Lunatic asylums in Bengal annual reports 1912-1924 - 1912-1924
Year: 1912
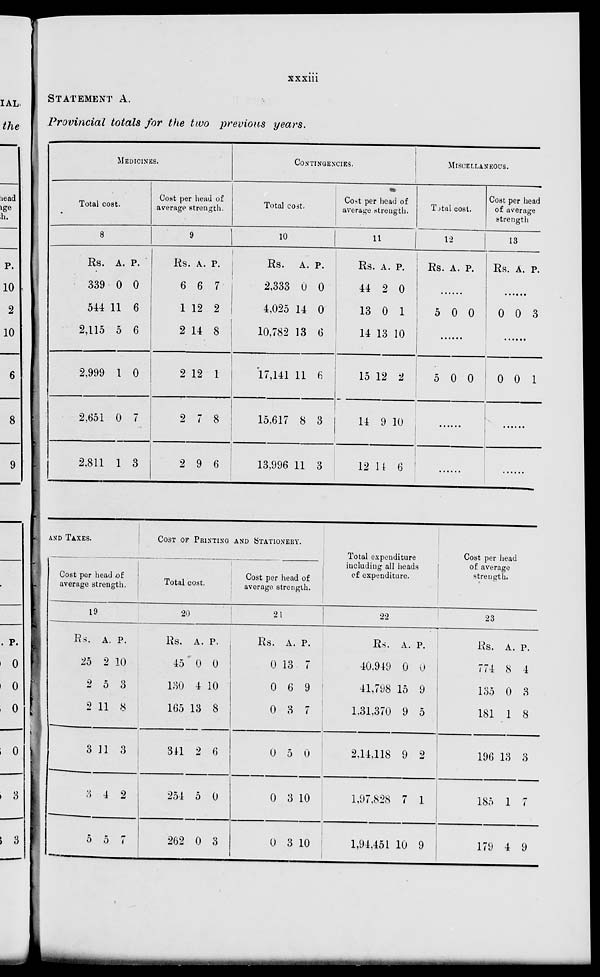
xxxiii
STATEMENT
A.
Provincial totals for the two previous
years.
MEDICINES.
Total cost.
8
Rs.
339
544
2,115
2,999
2,651
2,811
A.
0
11
5
1
0
1
P.
0
6
6
0
7
3
Cost per head of
average strength.
9
Rs.
6
1
2
2
2
2
A.
6
12
14
12
7
9
P.
7
2
8
1
8
6
CONTINGENCIES.
Total cost.
10
Rs.
2,333
4,025
10,782
17,141
15,617
13,996
A.
0
14
13
11
8
11
P.
0
0
6
6
3
3
Cost per head of
average strength.
11
Rs.
44
13
14
15
14
12
A.
2
0
13
12
9
14
P.
0
1
10
2
10
6
MISCELLANEOUS.
Total cost.
12
Rs. A. P.
......
5 0 0
......
5 0 0
......
.......
Cost per head
of average
strength
13
Rs. A. P.
......
0 0 3
.......
0 0 1
.......
.......
AND TAXES.
Cost per head of
average
strength.
19
Rs.
25
2
2
3
3
5
A.
2
5
11
11
4
5
P.
10
3
8
3
2
7
COST OF PRINTING AND STATIONERY.
Total cost.
20
Rs.
45
130
165
311
251
262
A.
0
4
13
2
5
0
P.
0
10
8
6
0
3
Cost per head of
average strength.
21
Rs.
0
0
0
0
0
0
A.
13
6
3
5
3
3
P.
7
9
7
0
10
10
Total expenditure
including all heads
of expenditure.
22
Rs.
40,949
41,798
1.31,370
2,14,118
1,97,828
1,94,451
A.
0
15
9
9
7
10
P.
0
9
5
2
1
9
Cost per head
of average
strength.
23
Rs.
774
135
181
196
185
179
A.
8
0
1
13
1
4
P.
4
3
8
3
7
9